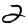
Digit: 2